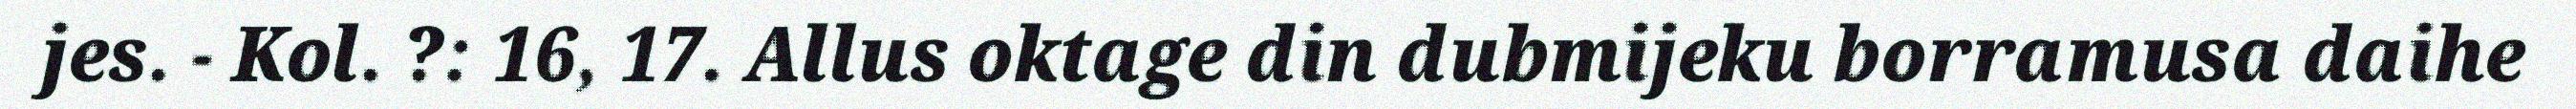
jes. - Kol. ?: 16, 17. Allus oktage din dubmijeku borramusa daihe